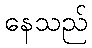
နေသည်